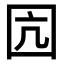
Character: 囥